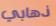
ذهابي